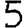
Digit: 5